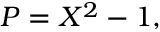
P = X ^ { 2 } - 1 ,